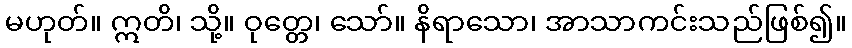
မဟုတ်။ ဣတိ၊ သို့။ ဝုတ္တေ၊ သော်။ နိရာသော၊ အာသာကင်းသည်ဖြစ်၍။